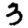
Digit: 3